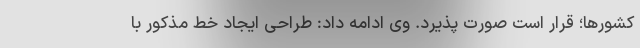
کشورها؛ قرار است صورت پذیرد. وی ادامه داد: طراحی ایجاد خط مذکور با